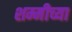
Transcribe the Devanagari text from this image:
शम्मीच्या